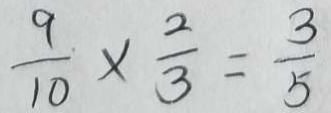
\frac { 9 } { 1 0 } \times \frac { 2 } { 3 } = \frac { 3 } { 5 }